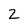
Character: 2